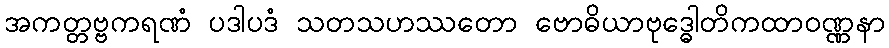
အကတ္တဗ္ဗကရဏံ ပဒါပဒံ သတသဟဿတော ဗောဓိယာဗုဒ္ဓေါတိကထာဝဏ္ဏနာ